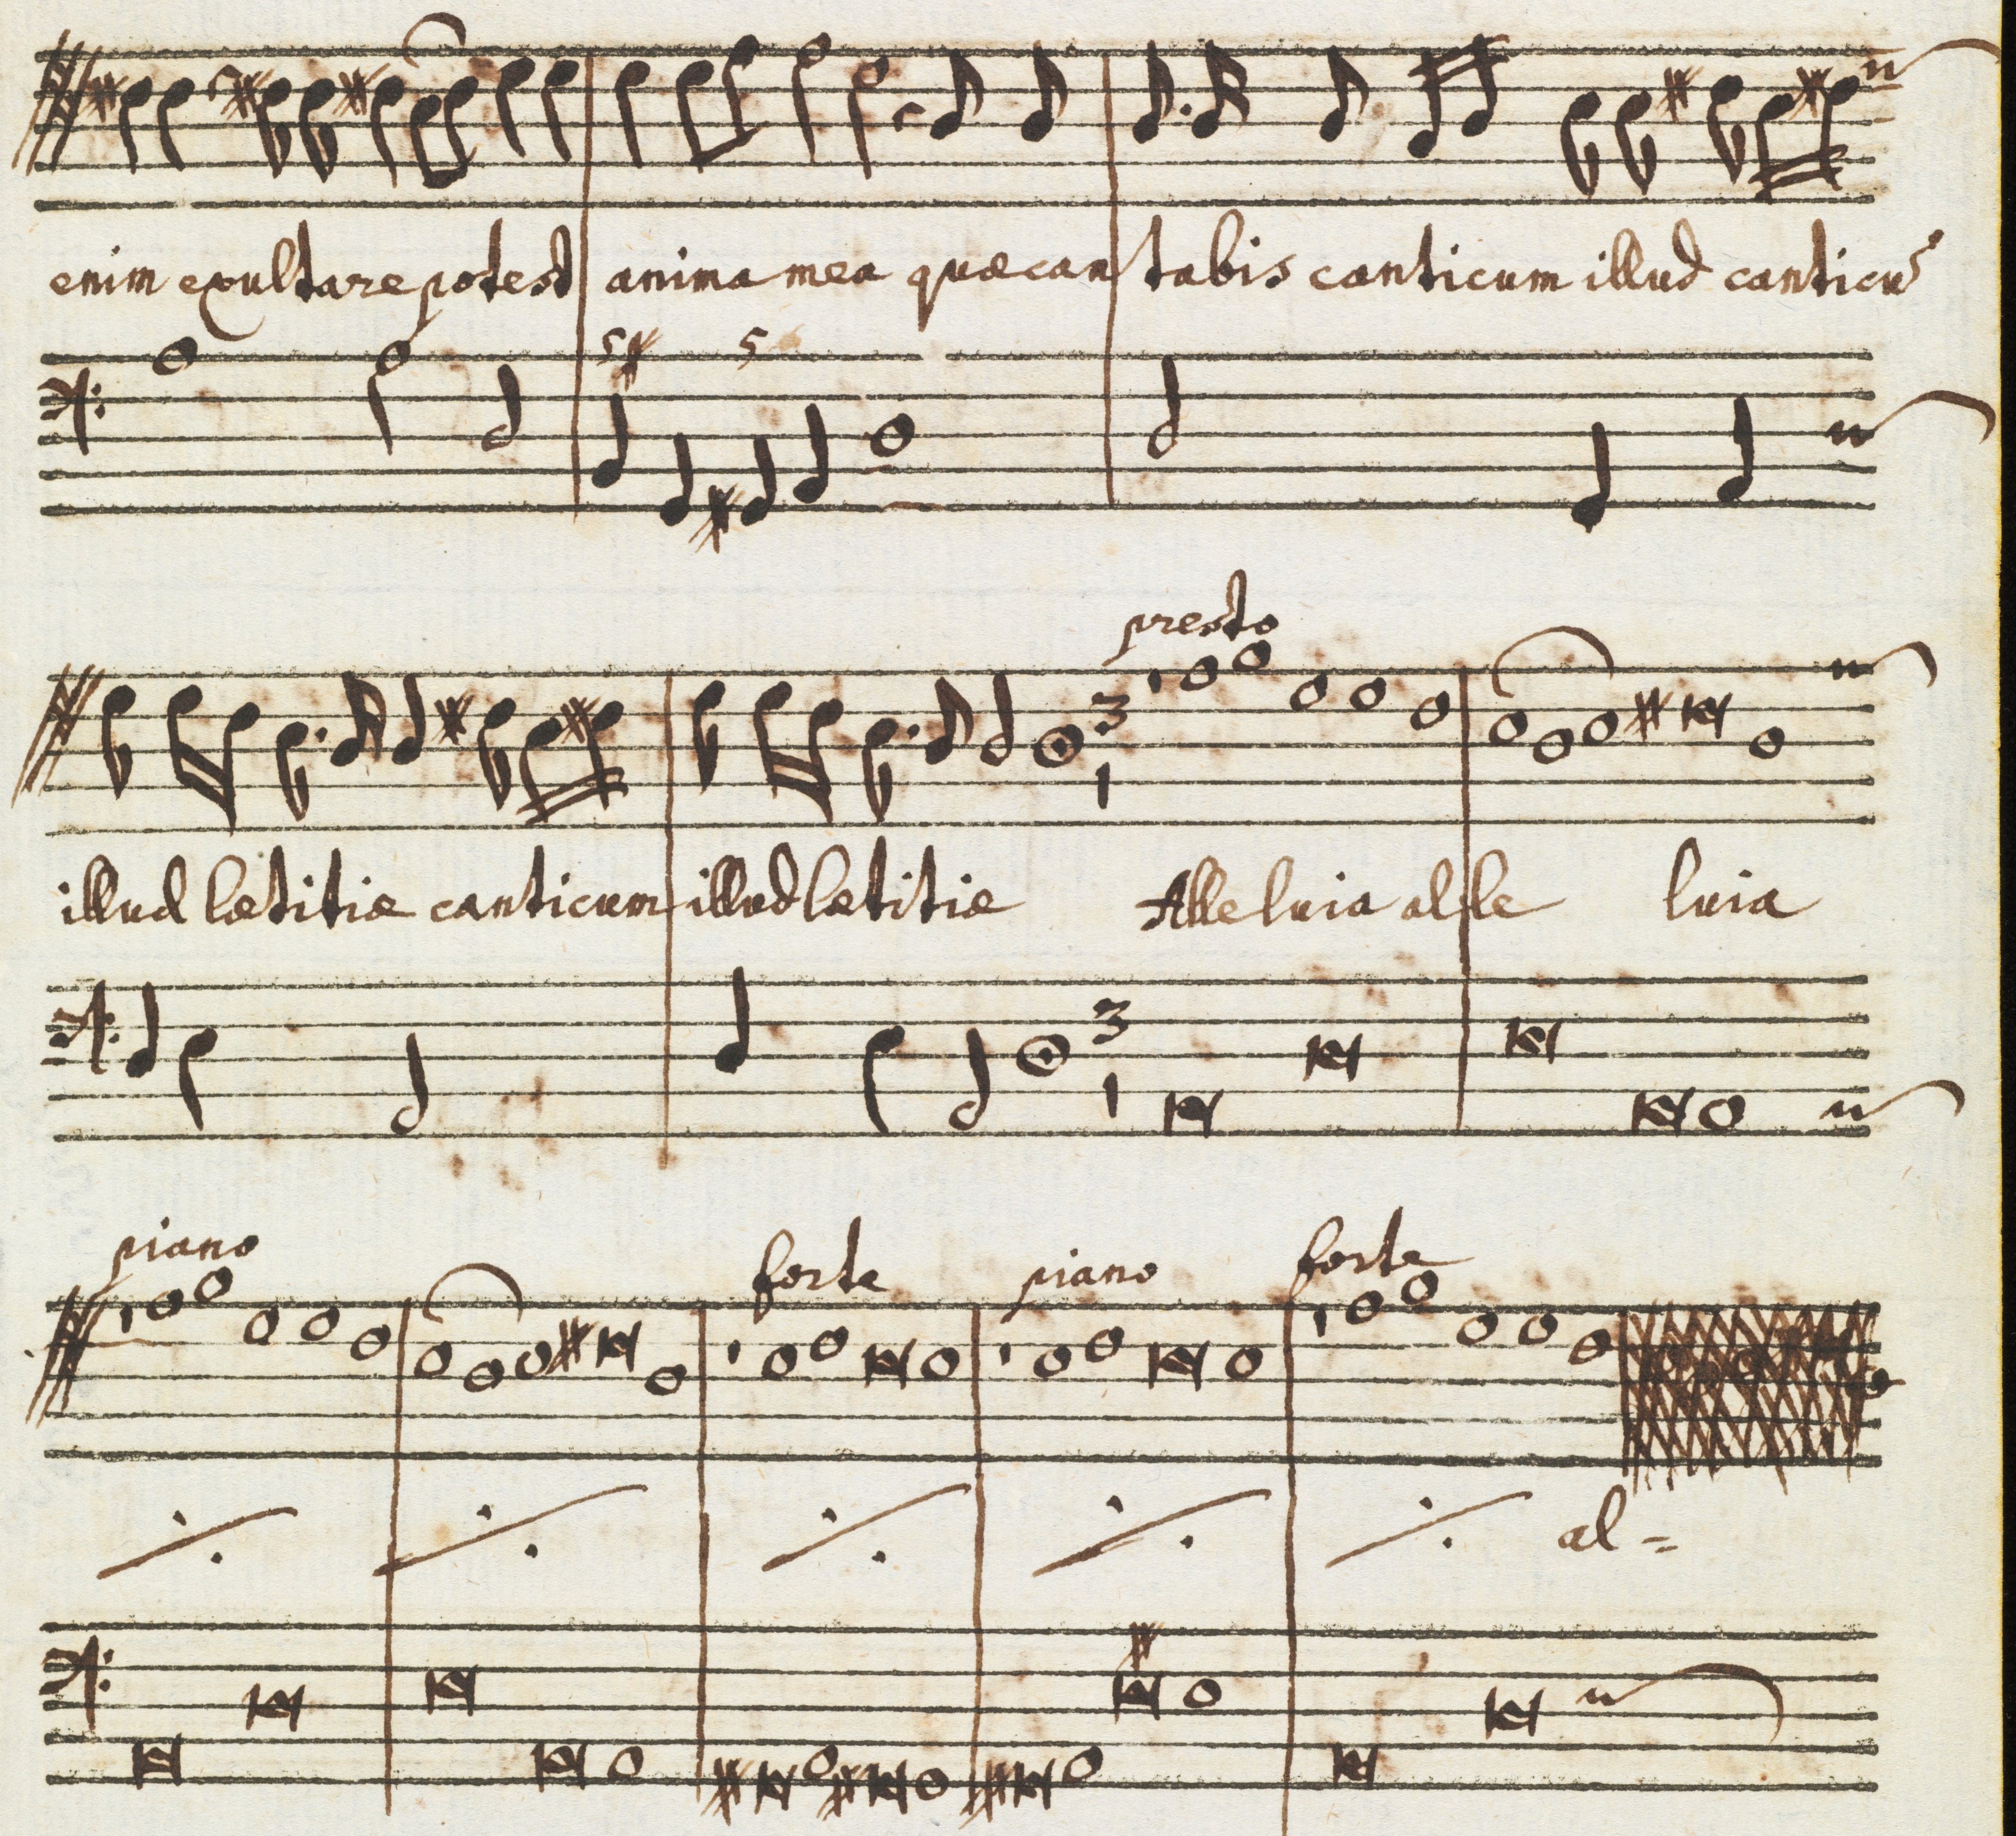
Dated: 1650–1699